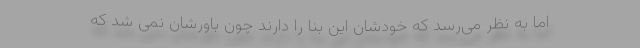
اما به نظر می‌رسد که خودشان این بنا را دارند چون باورشان نمی شد که